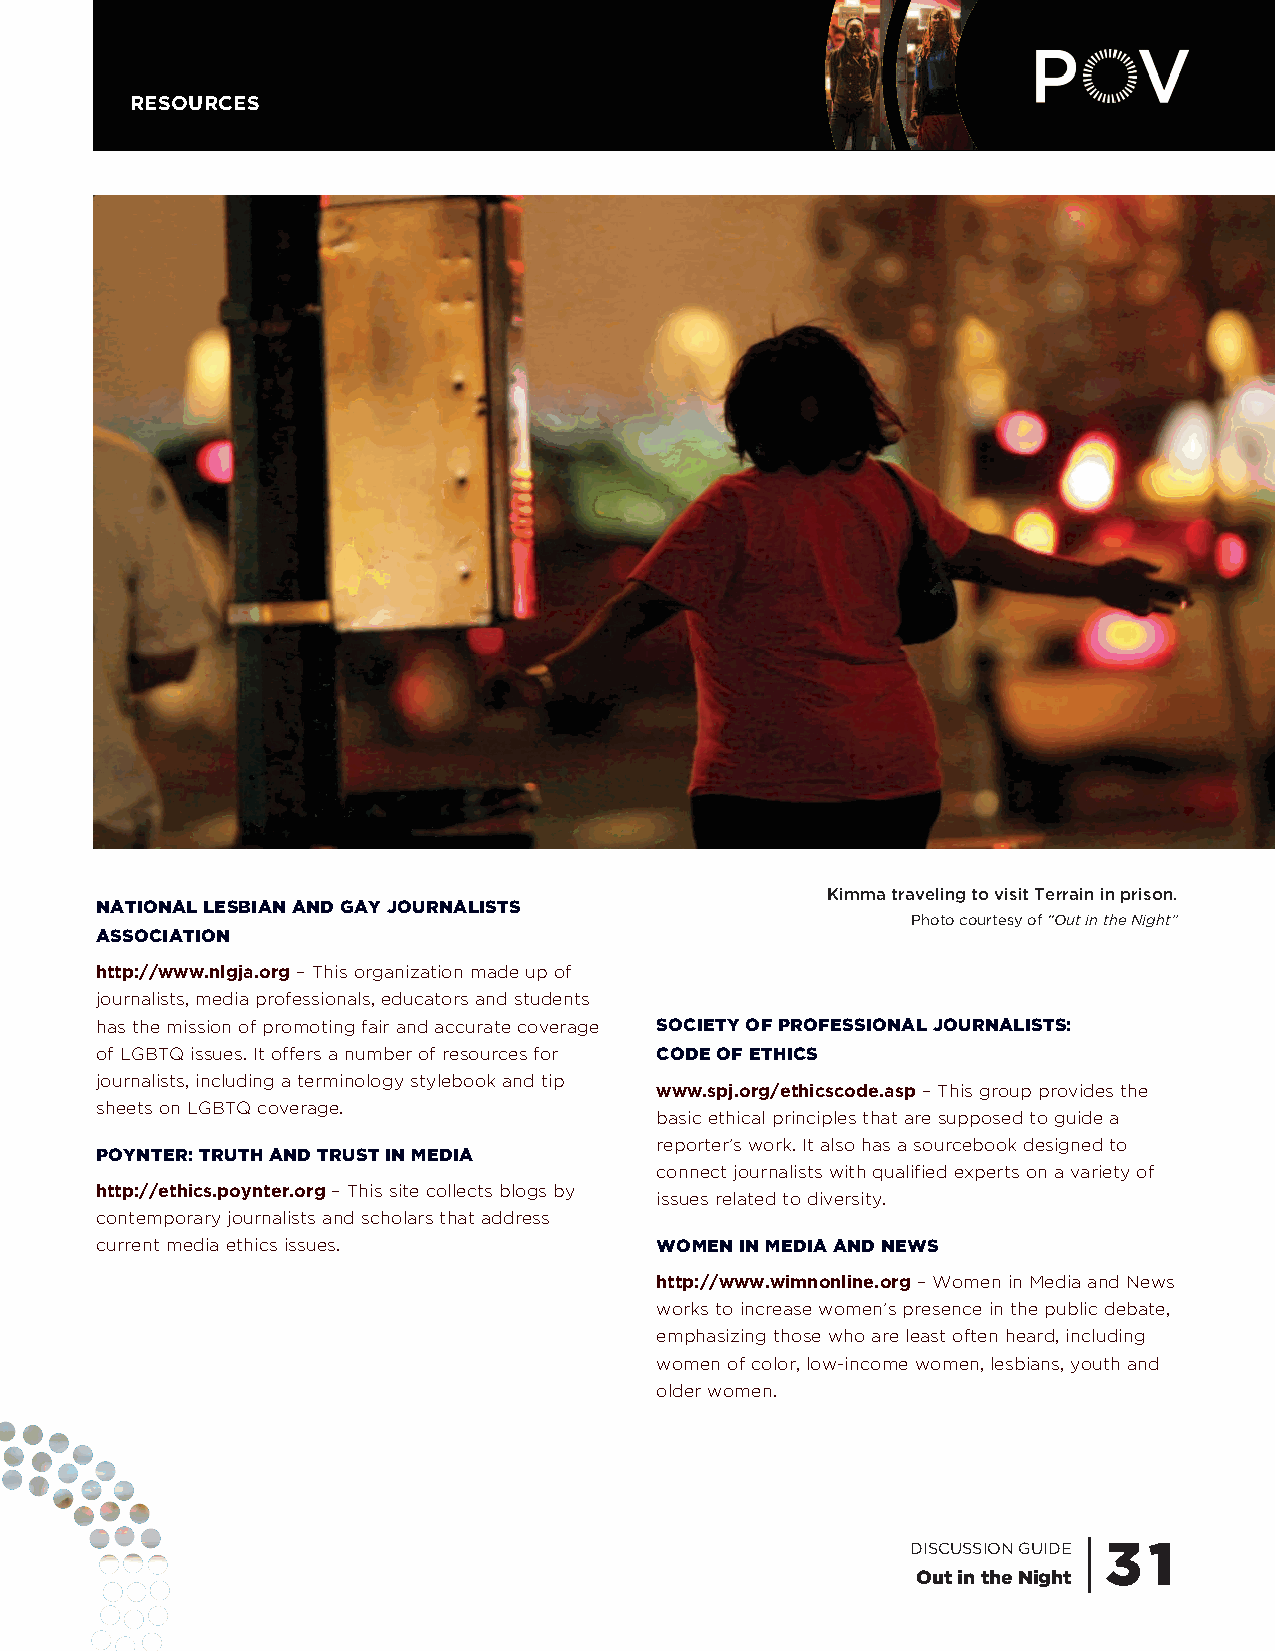
RESOURCES
 Kimma traveling to visit Terrain in prison.
 NATIONAL LESBIAN AND GAY JOURNALISTS
 Photo courtesy of “Out in the Night”
 ASSOCIATION
 http://www.nlgja.org– This organization made up of
 journalists, media professionals, educators and students
 has the mission of promoting fair and accurate coverage SOCIETY OF PROFESSIONAL JOURNALISTS:
 of LGBTQ issues. It offers a number of resources for CODE OF ETHICS
 journalists, including a terminology stylebook and tip
 www.spj.org/ethicscode.asp – This group provides the
 sheets on LGBTQ coverage.
 basic ethical principles that are supposed to guide a
 reporter’s work. It also has a sourcebook designed to
 POYNTER: TRUTH AND TRUST IN MEDIA
 connect journalists with qualified experts on a variety of
 http://ethics.poynter.org– This site collects blogs by
 issues related to diversity.
 contemporary journalists and scholars that address
 current media ethics issues.         WOMEN IN MEDIA AND NEWS
 http://www.wimnonline.org – Women in Media and News
 works to increase women’s presence in the public debate,
 emphasizing those who are least often heard, including
 women of color, low-income women, lesbians, youth and
 older women.
 DISCUSSION GUIDE | 3 1
 Out in the Night